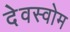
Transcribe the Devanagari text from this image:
देवस्‍वोम